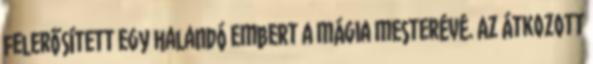
felerősített egy halandó embert a mágia mesterévé. Az átkozott